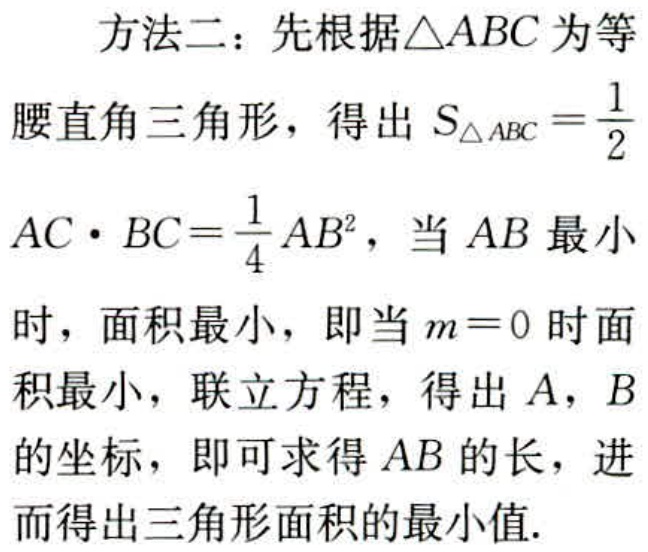
方法二：先根据$\triangle ABC$为等腰直角三角形，得出$S_{\triangle ABC}=\frac{1}{2}AC\cdot BC = \frac{1}{4}AB^{2}$，当$AB$最小时，面积最小，即当$m = 0$时面积最小，联立方程，得出$A$，$B$的坐标，即可求得$AB$的长，进而得出三角形面积的最小值.